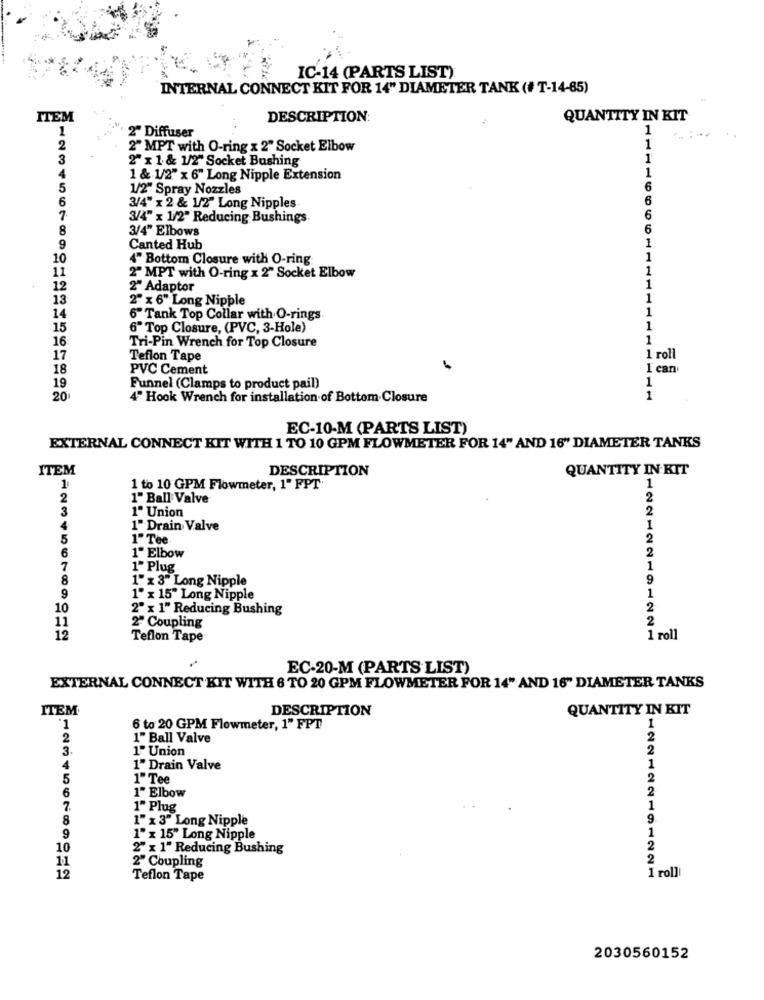
IC-14 (PARTS LIST)
INTERNAL CONNECT KIT FOR 14" DIAMETER TANK (# T-14-85)
ITEM
DESCRIPTION:
QUANTITY IN KIT
1
2" Diffuser
1
2
2" MPT with O-ring x 2" Socket Elbow
1
3
2" x 1 & 1/2" Socket Bushing
1
1
4
1 & 1/2" x 6" Long Nipple Extension
5
1/2" Spray Nozzles
6
6
6
3/4" x 2 & 1/2" Long Nipples
7
3/4" x 1/2" Reducing Bushings
6
8
3/4" Elbows
6
1
9
Canted Hub
10
4" Bottom Closure with O-ring
1
11
1
2" MPT with O-ring x 2" Socket Elbow
12
2" Adaptor
1
13
2" x 6" Long Nipple
1
1
14
6" Tank Top Collar with O-rings
15
6" Top Closure, (PVC, 3-Hole)
1
16
Tri-Pin Wrench for Top Closure
1
17
Teflon Tape
1 roll
18
PVC Cement
1 can
1
19
Funnel (Clamps to product pail)
20
4" Hook Wrench for installation of Bottom Closure
1
EC-10-M (PARTS LIST)
EXTERNAL CONNECT KIT WITH 1 TO 10 GPM FLOWMETER FOR 14" AND 16" DIAMETER TANKS
ITEM
DESCRIPTION
QUANTITY IN KIT
1
1 to 10 GPM Flowmeter, 1" FPT
1
2
1" Ball Valve
2
3
1" Union
2
4
1" Drain Valve
1
5
1" Tee
2
6
2
1" Elbow
7
1" Plug
1
8
1" x 3" Long Nipple
9
9
1" x 15" Long Nipple
1
10
2" x 1" Reducing Bushing
2
2ª Coupling
2
11
12
Teflon Tape
1 roll
EC-20-M (PARTS LIST)
EXTERNAL CONNECT KIT WITH 6 TO 20 GPM FLOWMETER FOR 14" AND 16" DIAMETER TANKS
ITEM®
DESCRIPTION
QUANTITY IN KIT
1
6 to 20 GPM Flowmeter, 1" FPT
1
2
1" Ball Valve
2
3.
1º Union
2
4
1" Drain Valve
1
5
1" Tee
2
6
2
1" Elbow
1" Plug
1
8
1" x 3" Long Nipple
9.
1
9
1" x 15" Long Nipple
10
2" x 1" Reducing Bushing
2
11
2" Coupling
2
1 roll
12
Teflon Tape
2030560152